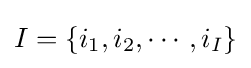
{\textstyle I=\left\{i_{1},i_{2},\cdots ,i_{I}\right\}}